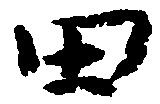
田